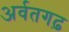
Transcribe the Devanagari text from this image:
अर्वतगढ़